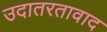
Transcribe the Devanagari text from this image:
उदातरतावाद